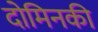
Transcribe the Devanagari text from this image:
दोमिनकी